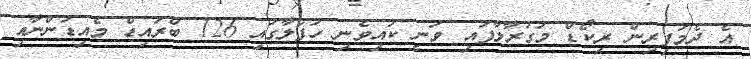
އެ ދެމަފިރިން ރިކޯޑް މުގުރާލާފައި ވަނީ ކައިވެނި ހަފްލާގައި 126 ބްރައިޑް މެއިޑުންނާއި